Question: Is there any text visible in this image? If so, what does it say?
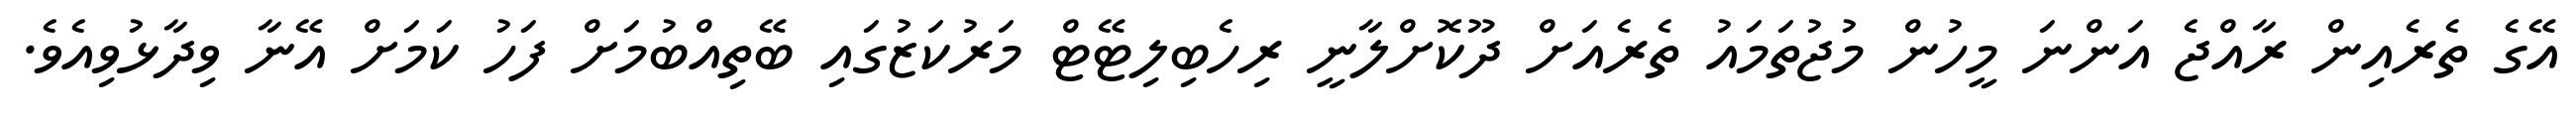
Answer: އޭގެ ތެރެއިން ރާއްޖެ އަންނަ މީހުން މުޖުތަމައު ތެރެއަށް ދޫކޮށްލާނީ ރިހެބިލިޓޭޓް މަރުކަޒުގައި ބޭތިއްބުމަށް ފަހު ކަމަށް އޭނާ ވިދާޅުވިއެވެ.